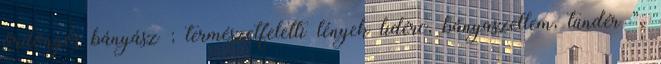
ördöngős bányász ; természetfeletti lények lidérc, bányaszellem, tündér ”.